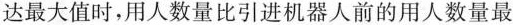
达最大值时，用人数量比引进机器人前的用人数量最